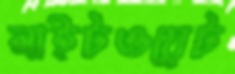
লাইটওয়েট